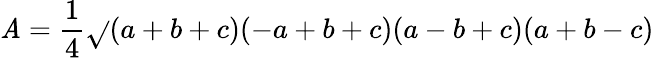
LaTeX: \mathit{A}={\frac{{1}}{{4}}}{\sqrt{}{{(a+b+c)(-a+b+c)(a-b+c)(a+b-c)}}}